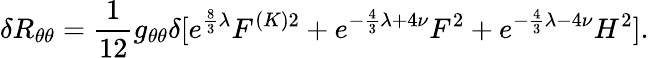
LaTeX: \delta R_{\theta\theta}=\frac{1}{12}g_{\theta\theta}\delta[e^{\frac{8}{3}\lambda}F^{(K)2}+e^{-\frac{4}{3}\lambda+4\nu}F^{2}+e^{-\frac{4}{3}\lambda-4\nu}H^{2}].